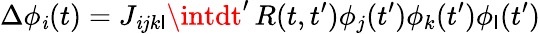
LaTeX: \Delta\phi_{\mathit{i}}(t)=J_{\mathit{i}jk\mathsf{l}}\intdt^{\prime}\, R(t,t^{\prime})\phi_{j}(t^{\prime})\phi_{k}(t^{\prime})\phi_{\mathsf{l}}(t^{\prime})